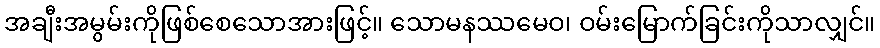
အချီးအမွမ်းကိုဖြစ်စေသောအားဖြင့်။ သောမနဿမေဝ၊ ဝမ်းမြောက်ခြင်းကိုသာလျှင်။